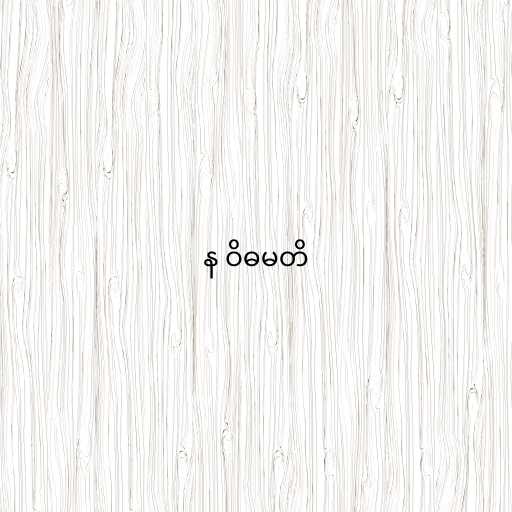
န ဝိဓမတိ